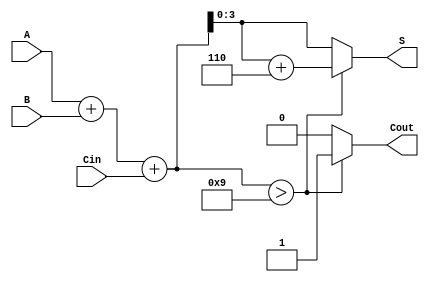
module BCD_Asynchronous_Adder (
    input [3:0] A,      // 4-bit BCD input A
    input [3:0] B,      // 4-bit BCD input B
    input Cin,          // Carry-in input
    output reg [3:0] S, // 4-bit BCD output S
    output reg Cout     // Carry-out output
);

    wire [4:0] sum;     // 5-bit sum to accommodate carry
    wire adjustment;     // Flag for adjustment

    // Step 1: Binary addition of A, B, and Cin
    assign sum = A + B + Cin;

    // Step 2: Check if the sum exceeds valid BCD range (9)
    assign adjustment = sum > 4'b1001;

    // Step 3: Generate output based on adjustment
    always @(*) begin
        if (adjustment) begin
            S = sum + 4'b0110; // Adjust by adding 6
            Cout = 1;          // Set carry-out
        end else begin
            S = sum[3:0];      // Valid BCD, take lower 4 bits
            Cout = 0;          // No carry-out
        end
    end

endmodule